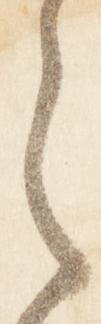
之